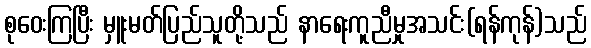
စုဝေးကြပြီး မှူးမတ်ပြည်သူတို့သည် နာရေးကူညီမှုအသင်း(ရန်ကုန်)သည်